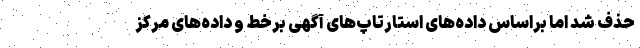
حذف شد اما براساس داده‌های استارتاپ‌های آگهی برخط و داده‌های مرکز